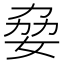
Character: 姭